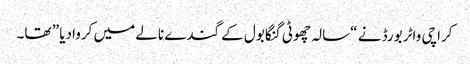
کراچی واٹر بورڈ نے “سالہ چھوٹی گنگا بول کے گندے نالے میں کروادیا ” تھا۔